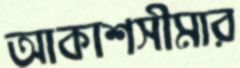
আকাশসীমার